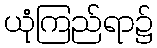
ယုံကြည်ရာ၌